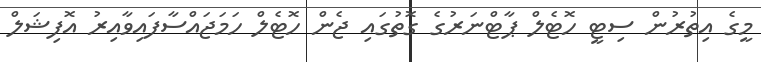
މީގެ އިތުރުން ސިޓީ ހޮޓެލްް ޕާޓްނަރުގެ ގޮތުގައި ޖެން ހޮޓެލް ހަމަޖައްސާފައިވާއިރު އޮފިޝަލް